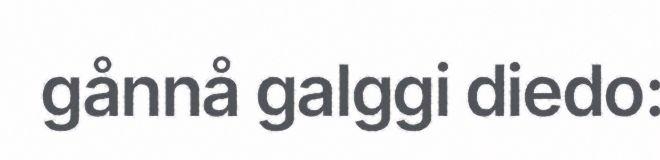
gånnå galggi diedo: